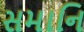
સમાનિ